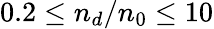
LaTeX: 0.2\leq n_{d}/n_{0}\leq 10